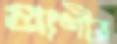
প্রাণীর